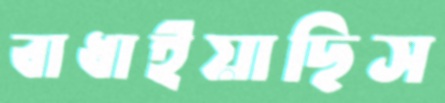
বাধাইয়াছিস